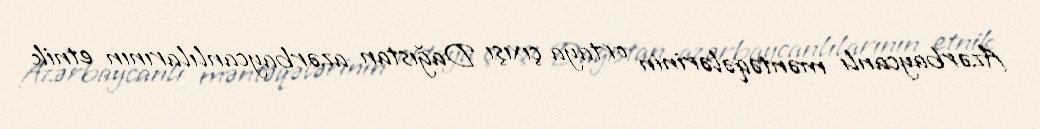
Azərbaycanlı məntəqələrinin ortaya çıxışı Dağıstan azərbaycanlılarının etnik